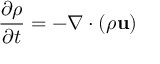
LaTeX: { \frac { \partial \rho } { \partial t } } = - \nabla \cdot ( \rho \mathbf { u } )